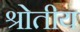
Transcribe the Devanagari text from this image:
श्रोतीय